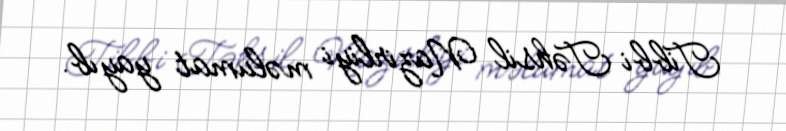
Tibbi Təhsil Nazirliyi məlumat yayıb.